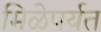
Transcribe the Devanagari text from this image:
मिळेपर्यत